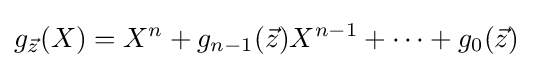
g_{\vec {z}}(X)=X^{n}+g_{n-1}({\vec {z}})X^{n-1}+\cdots +g_{0}({\vec {z}})